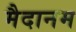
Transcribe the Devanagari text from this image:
मैदानम